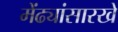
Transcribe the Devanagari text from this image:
मेंढ्यांसारखे